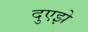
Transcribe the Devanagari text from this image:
दुएझे